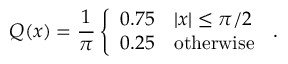
Q ( x ) = \frac { 1 } { \pi } \left\{ \begin{array} { l l } { 0 . 7 5 \quad | x | \leq \pi / 2 } \\ { 0 . 2 5 \quad \mathrm { o t h e r w i s e } } \end{array} \right. \, .